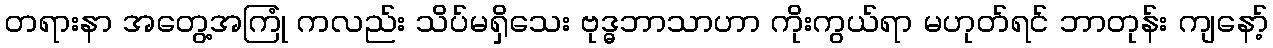
တရားနာ အတွေ့အကြုံ ကလည်း သိပ်မရှိသေး ဗုဒ္ဓဘာသာဟာ ကိုးကွယ်ရာ မဟုတ်ရင် ဘာတုန်း ကျနော့်